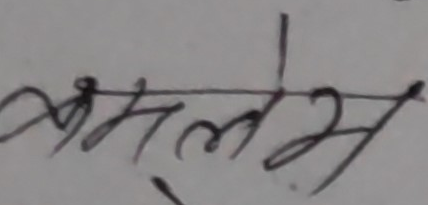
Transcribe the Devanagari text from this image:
कमलेश